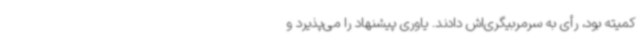
کمیته بود، رأی به سرمربیگری‌اش دادند. یاوری پیشنهاد را می‌پذیرد و